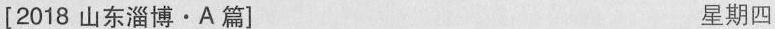
[2018 山东淄博·A 篇] 星期四